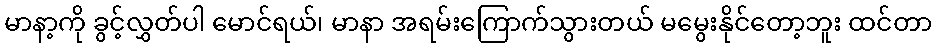
မာနာ့ကို ခွင့်လွှတ်ပါ မောင်ရယ်၊ မာနာ အရမ်းကြောက်သွားတယ် မမွေးနိုင်တော့ဘူး ထင်တာ